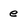
Character: e